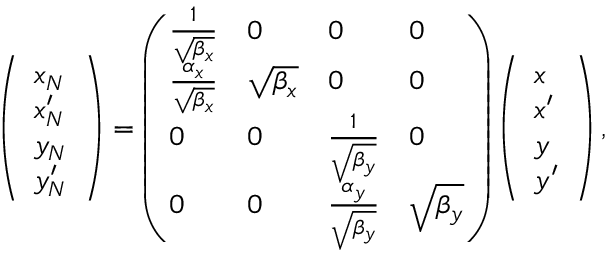
\left( \begin{array} { l } { x _ { N } } \\ { x _ { N } ^ { \prime } } \\ { y _ { N } } \\ { y _ { N } ^ { \prime } } \end{array} \right) = \left( \begin{array} { l l l l } { \frac { 1 } { \sqrt { \beta _ { x } } } } & { 0 } & { 0 } & { 0 } \\ { \frac { \alpha _ { x } } { \sqrt { \beta _ { x } } } } & { \sqrt { \beta _ { x } } } & { 0 } & { 0 } \\ { 0 } & { 0 } & { \frac { 1 } { \sqrt { \beta _ { y } } } } & { 0 } \\ { 0 } & { 0 } & { \frac { \alpha _ { y } } { \sqrt { \beta _ { y } } } } & { \sqrt { \beta _ { y } } } \end{array} \right) \left( \begin{array} { l } { x } \\ { x ^ { \prime } } \\ { y } \\ { y ^ { \prime } } \end{array} \right) ,